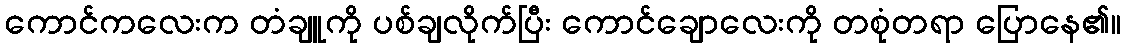
ကောင်ကလေးက တံချူကို ပစ်ချလိုက်ပြီး ကောင်ချောလေးကို တစုံတရာ ပြောနေ၏။